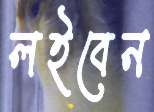
লইবেন